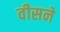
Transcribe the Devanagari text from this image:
वीसने